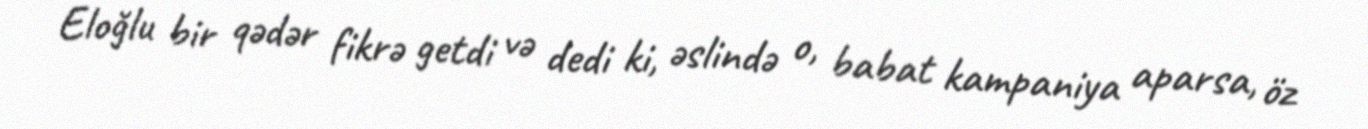
Eloğlu bir qədər fikrə getdi və dedi ki, əslində o, babat kampaniya aparsa, öz